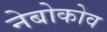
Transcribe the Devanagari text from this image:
नेबोकोव